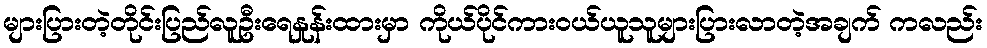
များပြားတဲ့တိုင်းပြည်လူဦးရေနှုန်းထားမှာ ကိုယ်ပိုင်ကားဝယ်ယူသူများပြားလာတဲ့အချက် ကလည်း